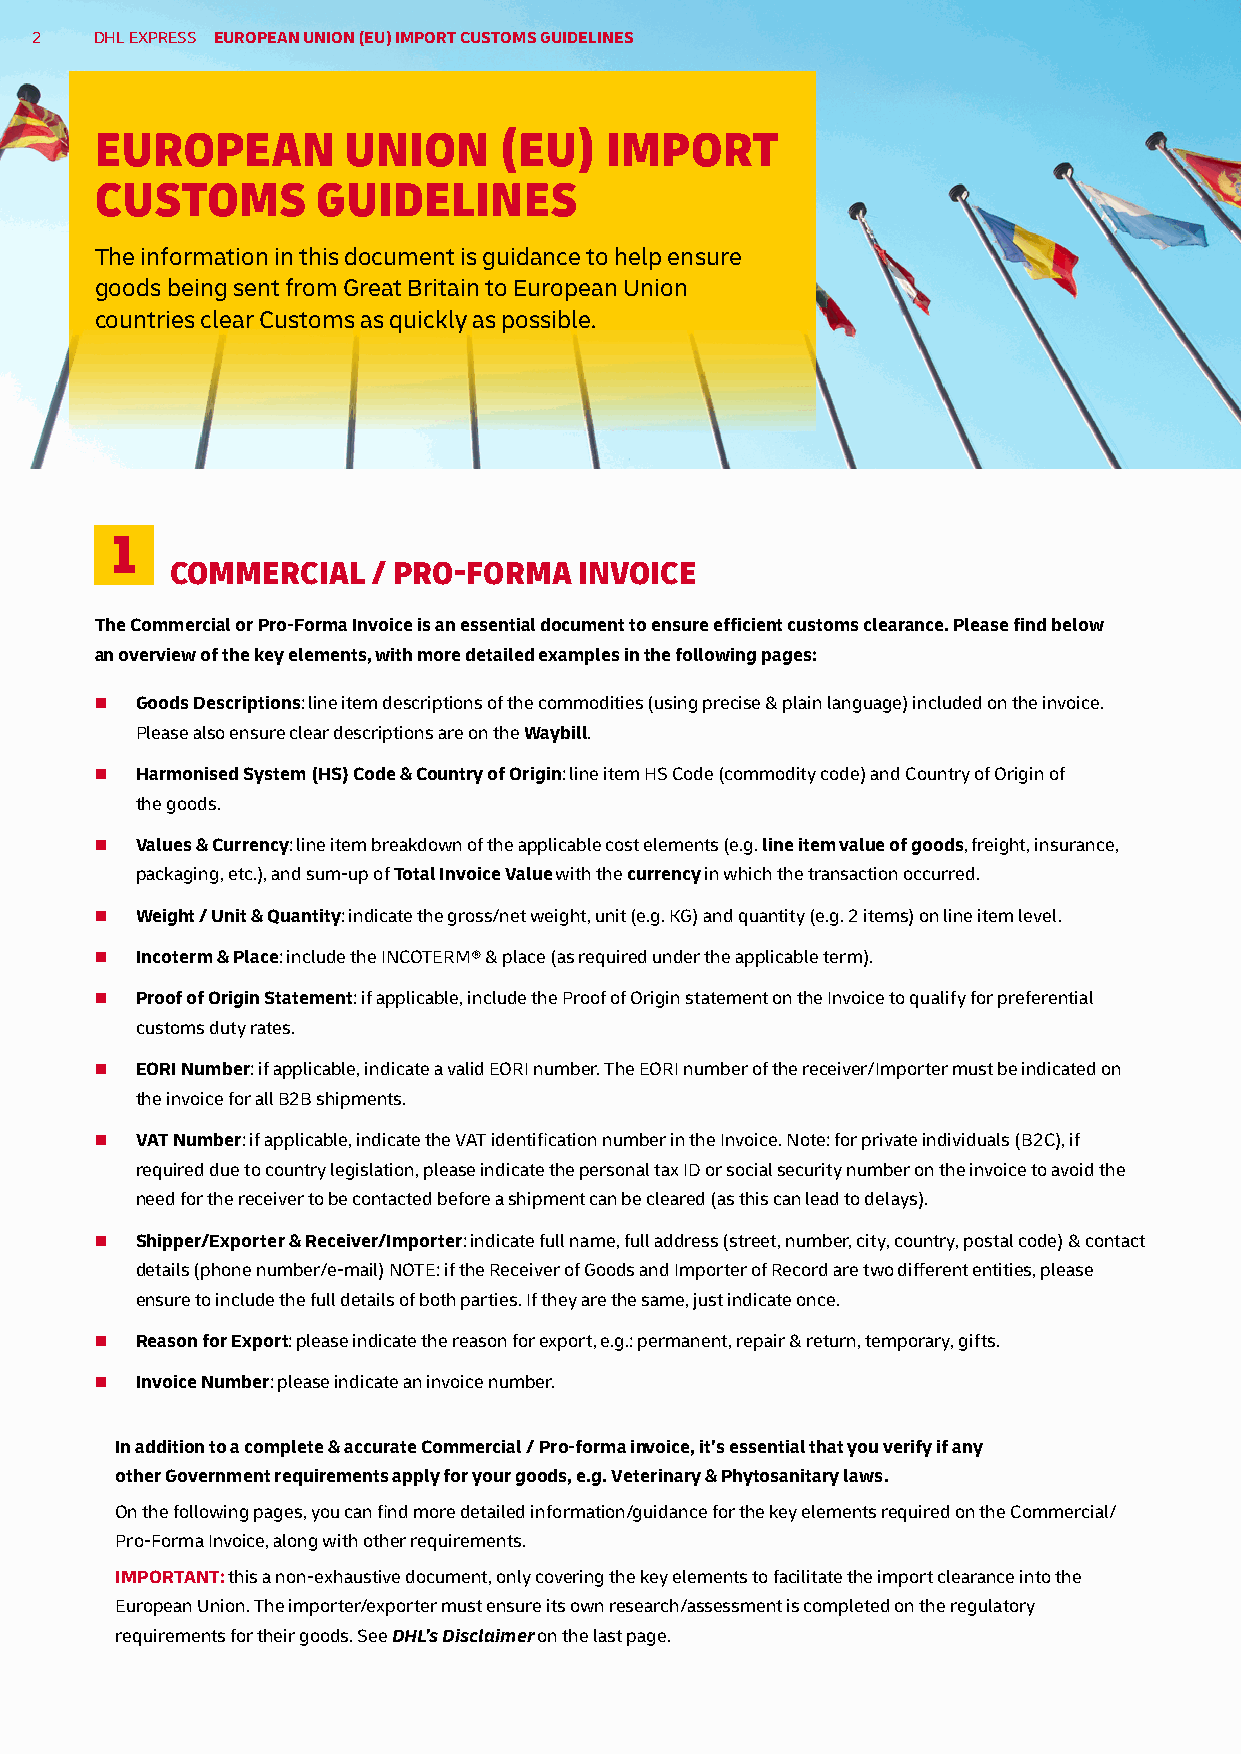
2   DHL EXPRESS EUROPEAN UNION (EU) IMPORT CUSTOMS GUIDELINES
 EUROPEAN         UNION     (EU)   IMPORT
 CUSTOMS        GUIDELINES
 The information in this document is guidance to help ensure
 goods being sent from Great Britain to European Union
 countries clear Customs as quickly as possible.
 1
 COMMERCIAL    / PRO-FORMA  INVOICE
 The Commercial or Pro-Forma Invoice is an essential document to ensure efficient customs clearance. Please find below
 an overview of the key elements, with more detailed examples in the following pages:
 n  Goods Descriptions: line item descriptions of the commodities (using precise & plain language) included on the invoice.
 Please also ensure clear descriptions are on the Waybill.
 n  Harmonised System (HS) Code & Country of Origin: line item HS Code (commodity code) and Country of Origin of
 the goods.
 n  Values & Currency: line item breakdown of the applicable cost elements (e.g. line item value of goods, freight, insurance,
 packaging, etc.), and sum-up of Total Invoice Value with the currency in which the transaction occurred.
 n  Weight / Unit & Quantity: indicate the gross/net weight, unit (e.g. KG) and quantity (e.g. 2 items) on line item level.
 n  Incoterm & Place: include the INCOTERM® & place (as required under the applicable term).
 n  Proof of Origin Statement: if applicable, include the Proof of Origin statement on the Invoice to qualify for preferential
 customs duty rates.
 n  EORI Number: if applicable, indicate a valid EORI number. The EORI number of the receiver/Importer must be indicated on
 the invoice for all B2B shipments.
 n  VAT Number: if applicable, indicate the VAT identification number in the Invoice. Note: for private individuals (B2C), if
 required due to country legislation, please indicate the personal tax ID or social security number on the invoice to avoid the
 need for the receiver to be contacted before a shipment can be cleared (as this can lead to delays).
 n  Shipper/Exporter & Receiver/Importer: indicate full name, full address (street, number, city, country, postal code) & contact
 details (phone number/e-mail) NOTE: if the Receiver of Goods and Importer of Record are two different entities, please
 ensure to include the full details of both parties. If they are the same, just indicate once.
 n  Reason for Export: please indicate the reason for export, e.g.: permanent, repair & return, temporary, gifts.
 n  Invoice Number: please indicate an invoice number.
 In addition to a complete & accurate Commercial / Pro-forma invoice, it’s essential that you verify if any
 other Government requirements apply for your goods, e.g. Veterinary & Phytosanitary laws.
 On the following pages, you can find more detailed information/guidance for the key elements required on the Commercial/
 Pro-Forma Invoice, along with other requirements.
 IMPORTANT: this a non-exhaustive document, only covering the key elements to facilitate the import clearance into the
 European Union. The importer/exporter must ensure its own research/assessment is completed on the regulatory
 requirements for their goods. See DHL’s Disclaimer on the last page.